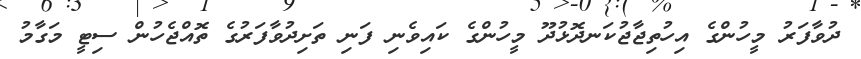
ދުވާފަރު މީހުންގެ އިހުތިޖާޖުކަނދޮޅުދޫ މީހުންގެ ކައިވެނި ފަނި ތަށިދުވާފަރުގެ ތޮއްޖެހުން ސިޓީ މަގާމު